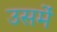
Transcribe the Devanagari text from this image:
उसमंे